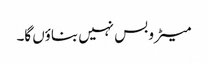
میٹرو بس نہیں بناؤں گا۔